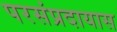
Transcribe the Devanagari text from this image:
परसंप्रदायास